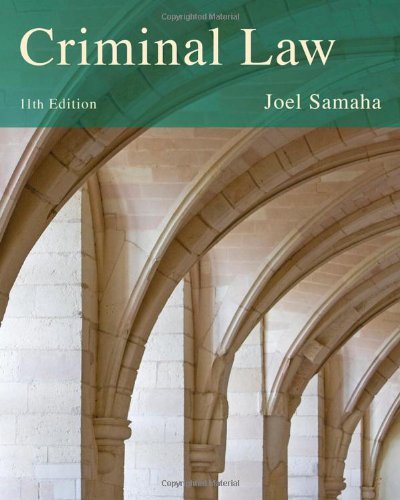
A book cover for Criminal Law; Joel Samaha; Education & Teaching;